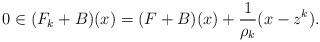
LaTeX: \begin{align*}0\in(F_k+B)(x) = (F+B)(x)+\frac{1}{\rho_k}(x-z^k).\end{align*}